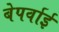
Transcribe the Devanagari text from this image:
बेपर्वाई